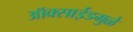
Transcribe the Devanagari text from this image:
ऑक्साईडमुळे